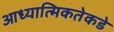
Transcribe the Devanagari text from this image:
आध्यात्मिकतेकडे